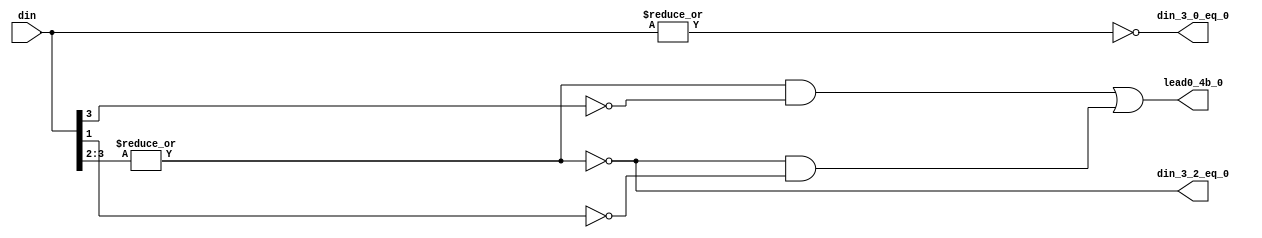
// ========== Copyright Header Begin ==========================================
// 
// OpenSPARC T1 Processor File: fpu_cnt_lead0_lvl1.v
// Copyright (c) 2006 Sun Microsystems, Inc.  All Rights Reserved.
// DO NOT ALTER OR REMOVE COPYRIGHT NOTICES.
// 
// The above named program is free software; you can redistribute it and/or
// modify it under the terms of the GNU General Public
// License version 2 as published by the Free Software Foundation.
// 
// The above named program is distributed in the hope that it will be 
// useful, but WITHOUT ANY WARRANTY; without even the implied warranty of
// MERCHANTABILITY or FITNESS FOR A PARTICULAR PURPOSE.  See the GNU
// General Public License for more details.
// 
// You should have received a copy of the GNU General Public
// License along with this work; if not, write to the Free Software
// Foundation, Inc., 51 Franklin St, Fifth Floor, Boston, MA 02110-1301, USA.
// 
// ========== Copyright Header End ============================================
///////////////////////////////////////////////////////////////////////////////
//
//      Lowest level of lead 0 counters.  Lead 0 count for 4 bits.
//
///////////////////////////////////////////////////////////////////////////////

module fpu_cnt_lead0_lvl1 (
	din,

	din_3_0_eq_0,
	din_3_2_eq_0,
	lead0_4b_0
);


input [3:0]	din;			// data for lead 0 count bits[3:0]

output		din_3_0_eq_0;		// data in[3:0] is zero
output		din_3_2_eq_0;		// data in[3:2] is zero
output		lead0_4b_0;		// bit[0] of lead 0 count


wire		din_3_0_eq_0;
wire		din_3_2_eq_0;
wire		lead0_4b_0;


assign din_3_0_eq_0= (!(|din[3:0]));

assign din_3_2_eq_0= (!(|din[3:2]));

assign lead0_4b_0= ((!din_3_2_eq_0) && (!din[3]))
		|| (din_3_2_eq_0 && (!din[1]));

endmodule